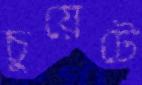
চুয়েটে